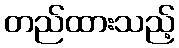
တည်ထားသည့်